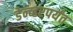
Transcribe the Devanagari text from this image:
डेन्व्हरपर्यंत